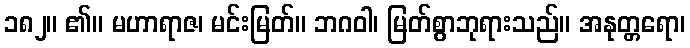
၁၈၂။ ၏။ မဟာရာဇ၊ မင်းမြတ်။ ဘဂဝါ၊ မြတ်စွာဘုရားသည်။ အနုတ္တရော၊